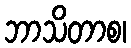
ဘာသိတာစ၊